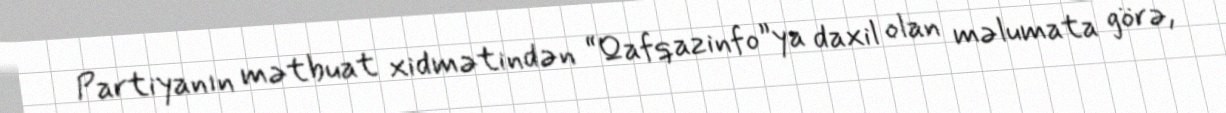
Partiyanın mətbuat xidmətindən “Qafqazinfo”ya daxil olan məlumata görə,